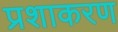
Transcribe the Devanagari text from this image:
प्रशाकरण